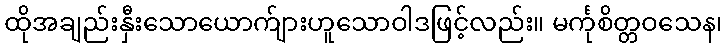
ထိုအချည်းနှီးသောယောက်ျားဟူသောဝါဒဖြင့်လည်း။ မင်္ကုစိတ္တဝသေန၊